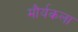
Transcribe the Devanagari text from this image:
मौर्यकला